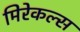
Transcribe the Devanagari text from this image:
मिरेकल्स